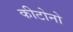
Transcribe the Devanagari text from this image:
कीटोनो